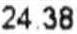
24.38